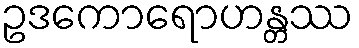
ဥဒကောရောဟန္တဿ